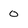
Character: 0